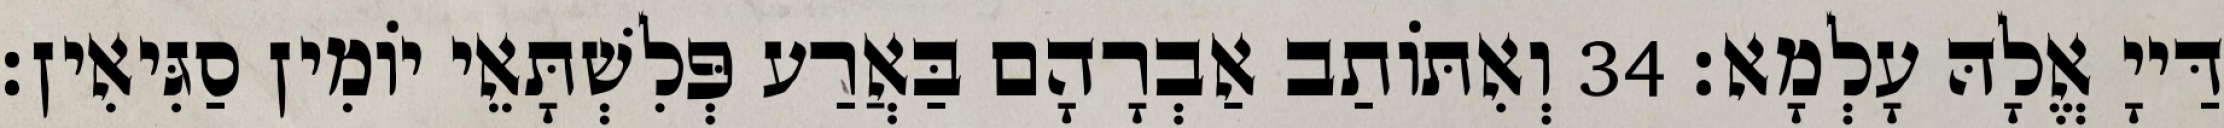
דַּייָ אֱלָהּ עָלְמָא׃ 34 וְאִתּוֹתַב אַבְרָהָם בַּאֲרַע פְּלִשְׁתָּאֵי יוֹמִין סַגִּיאִין׃